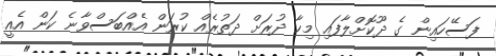
ފަސޭހައިން ގެ ދޫކޮށްލާފައި މިހާ ދުރަށް ދަތުރެއް ކުރަން އެއްބަސްވާނެ ކަން އެއީ